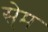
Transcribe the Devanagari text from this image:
से्म